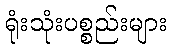
ရုံးသုံးပစ္စည်းများ